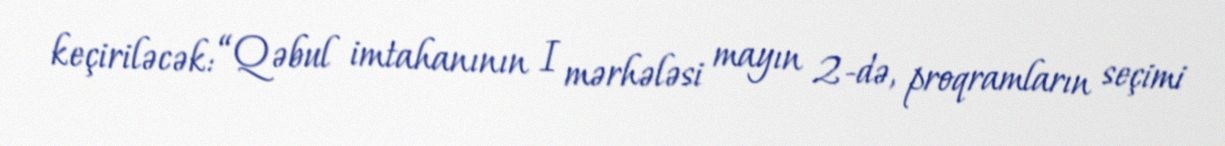
keçiriləcək: “Qəbul imtahanının I mərhələsi mayın 2-də, proqramların seçimi